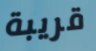
قريبة